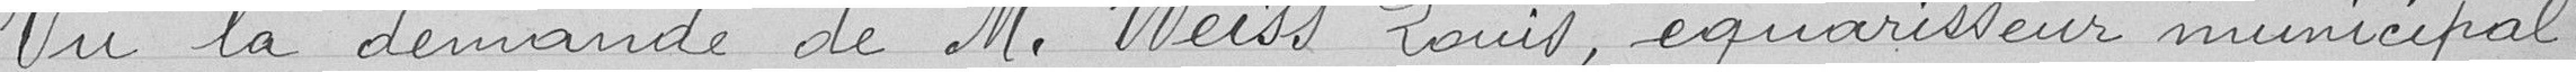
Vu la demande Monsieur Weiss Louis, équarrisseur municipal,